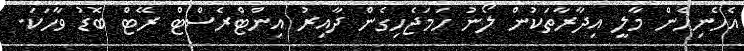
އެހެނިހެން މާލީ އިދާރާތަކުން ލޯނު ހަމަޖެހިގެން ދާއިރު އިންޓްރެސްޓް ރޭޓް ބޮޑު ވާހަކަ.